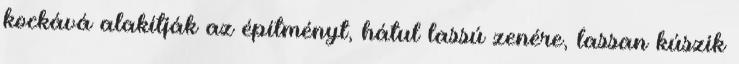
kockává alakítják az építményt, hátul lassú zenére, lassan kúszik